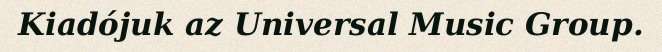
Kiadójuk az Universal Music Group.